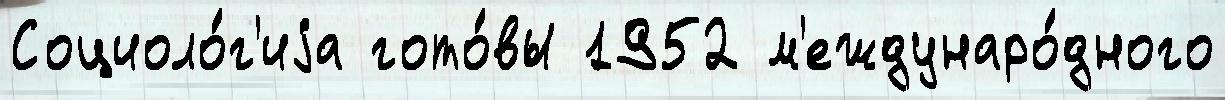
Социоло́г'иjа гото́вы 1952 м'еждунаро́дного